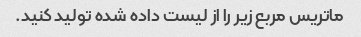
ماتریس مربع زیر را از لیست داده شده تولید کنید.